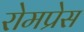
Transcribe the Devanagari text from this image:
रोमप्रेस